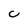
Character: C